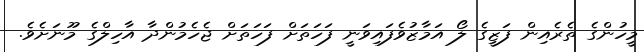
މީހުންގެ ތެރެއިން ފަޒީގެ ލޯ އަމާޒުވެފައިވަނީ ފަހަތަށް ފަހަތަށް ޖެހެމުންދާ އާހިލްގެ މޫނަށެވެ.